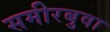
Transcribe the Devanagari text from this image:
समीरबुवा